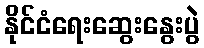
နိုင်ငံရေးဆွေးနွေးပွဲ